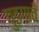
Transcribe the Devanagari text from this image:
गुड़गावँ